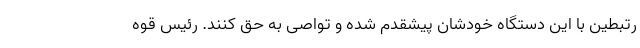
رتبطین با این دستگاه خودشان پیشقدم شده و تواصی به حق کنند. رئیس قوه